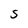
Character: S